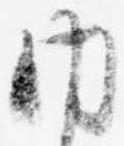
内